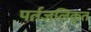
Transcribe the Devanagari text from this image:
पर्तजलिकृत